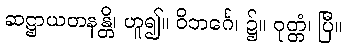
ဆဋ္ဌာယတနန္တိ၊ ဟူ၍။ ဝိဘင်္ဂေ၊ ၌။ ဝုတ္တံ၊ ပြီ။